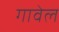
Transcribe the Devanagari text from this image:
गावेल